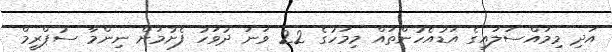
އަދި މިމައްސަލައިގެ އަޑުއެހުންތައް މިމަހުގެ 22 ވަނަ ދުވަހު ފެށުމަށް ނިންމާ ސުޕްރީމް